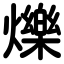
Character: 爍